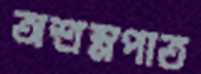
অশ্রম্নপাত